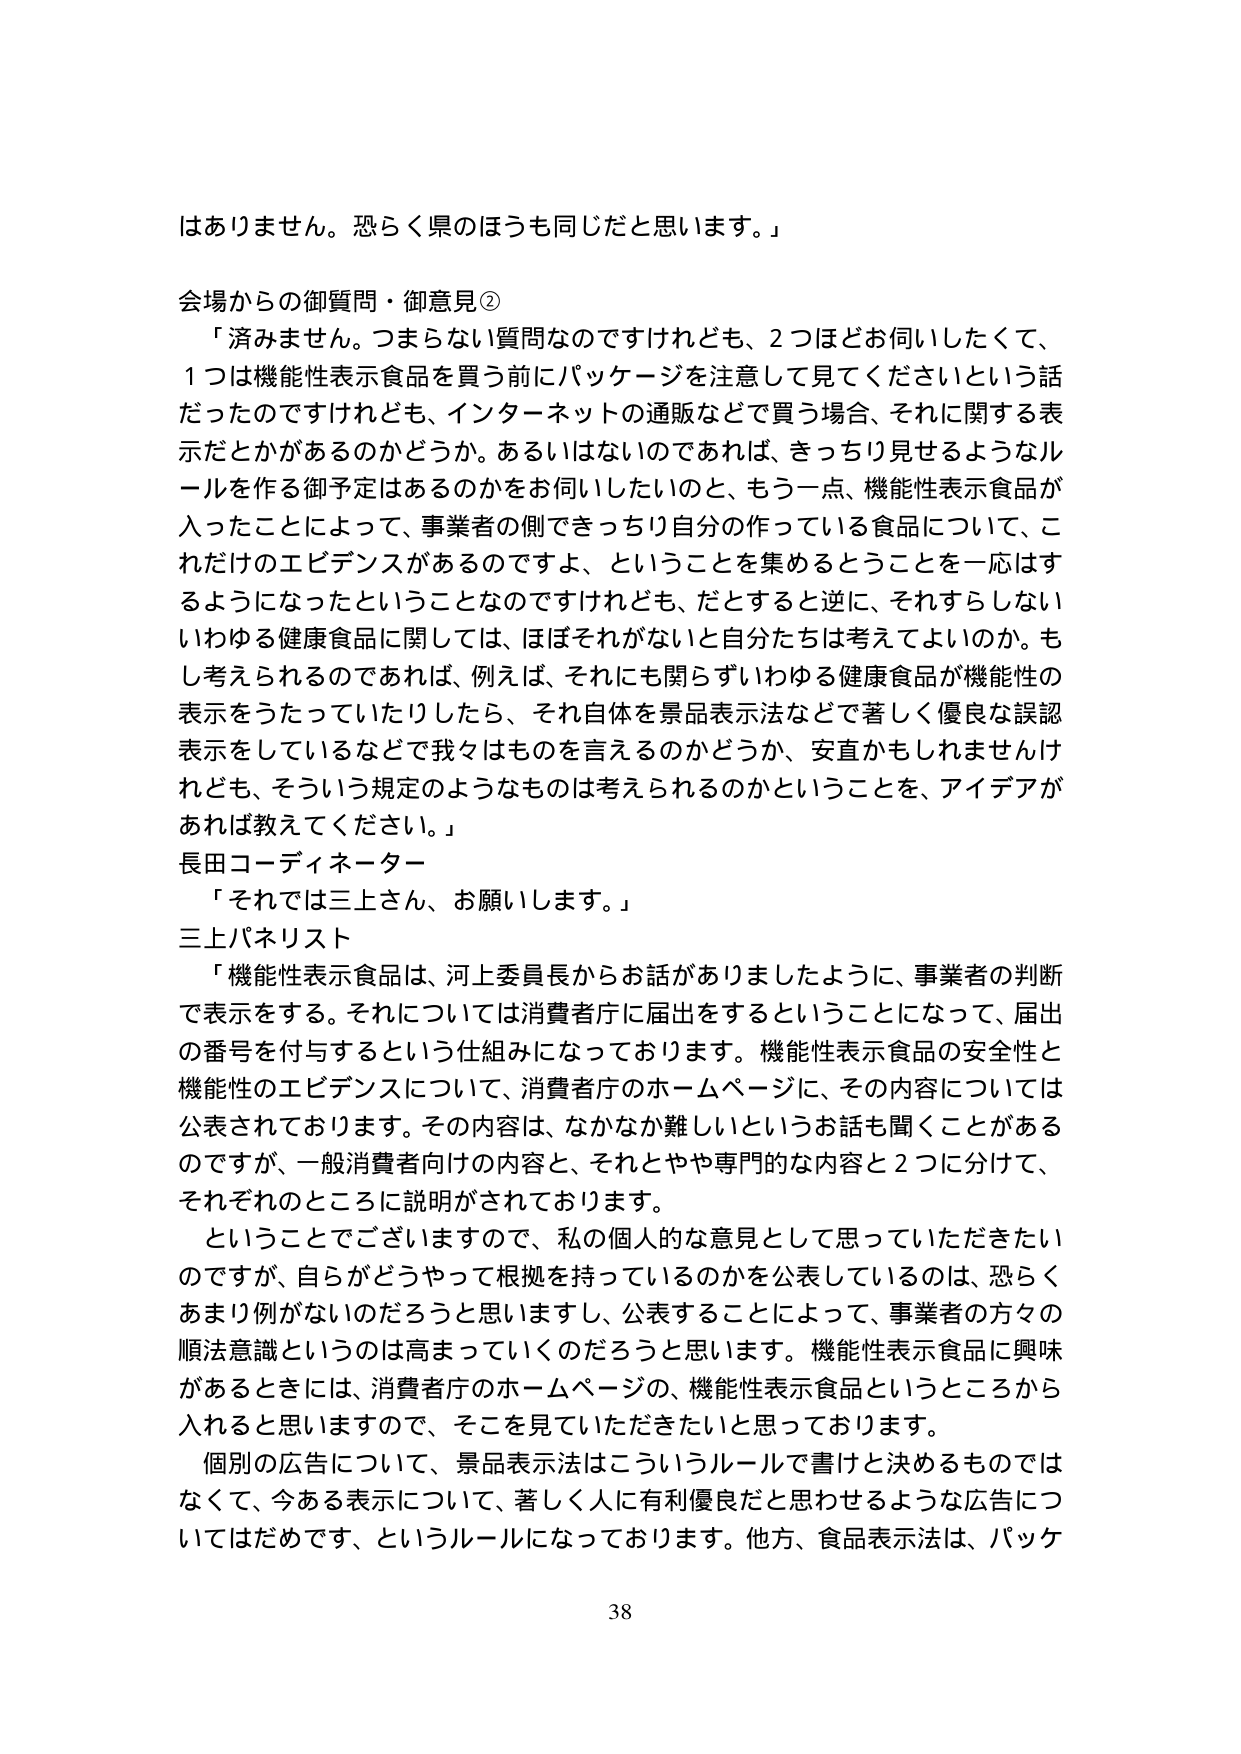
はありません。恐らく県のほうも同じだと思います。」

会場からの御質問・御意見②
「済みません。つまらない質問なのですがけれども、2つほどお伺いしたくて、
1つは機能性表示食品を買う前にパッケージを注意して見てくださいという話
だったのですがけれども、インターネットの通販などで買う場合、それに関する表
示だとかがあるのかどうか。あるいはないのであれば、きっちり見せるようなル
ールを作る御予定はあるのかをお伺いしたいのと、もう一点、機能性表示食品が
入ったことによって、事業者の側できっちり自分の作っている食品について、こ
れだけのエビデンスがあるのですよ、ということを集めるとうことを一応はす
るようになったということなのですがけれども、だとすると逆に、それすらしない
いわゆる健康食品に関しては、ほぼそれがないと自分たちは考えてよいのか。も
し考えられるのであれば、例えば、それにも関わらずいわゆる健康食品が機能性の
表示をうたっていたりしたら、それ自体を景品表示法などで著しく優良な誤認
表示をしているなど我々はものを言えるのかどうか、安直かもしれませんがけ
れども、そういう規定のようなものは考えられるのかということを、アイデアが
あれば教えてください。」

長田コーディネーター
「それでは三上さん、お願いします。」

三上パネリスト
「機能性表示食品は、河上委員長からお話がありましたように、事業者の判断
で表示をする。それについては消費者庁に届出をするということになって、届出
の番号を付与するという仕組みになっております。機能性表示食品の安全性と
機能性のエビデンスについて、消費者庁のホームページに、その内容については
公表されております。その内容は、なかなか難しいというお話も聞くことがある
のですが、一般消費者向けの内容と、それとやや専門的な内容と2つに分けて、
それぞれのところに説明がされております。
ということでございますので、私の個人的な意見として思っていただきたい
のですが、自らがどうやって根拠を持っているのかを公表しているのは、恐らく
あまり例がないのだろうと思いますし、公表することによって、事業者の方々の
順法意識というのは高まっていくのだろうと思います。機能性表示食品に興味
があるときには、消費者庁のホームページの、機能性表示食品というところから
入れると思いますので、そこを見ていただきたいと思っております。
個別の広告について、景品表示法はこういうルールで書けと決めるものでは
なくて、今ある表示について、著しく人に有利優良だと思わせるような広告につ
いてはだめです、というルールになっております。他方、食品表示法は、パッケ

38